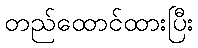
တည်ထောင်ထားပြီး